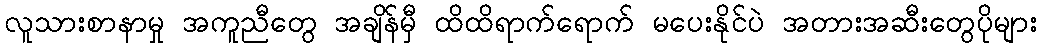
လူသားစာနာမှု အကူညီတွေ အချိန်မှီ ထိထိရာက်ရောက် မပေးနိုင်ပဲ အတားအဆီးတွေပိုများ